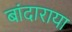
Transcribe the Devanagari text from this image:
बांदाराया